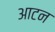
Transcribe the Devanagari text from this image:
आटन